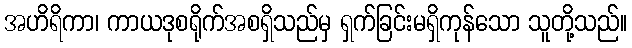
အဟိရိကာ၊ ကာယဒုစရိုက်အစရှိသည်မှ ရှက်ခြင်းမရှိကုန်သော သူတို့သည်။